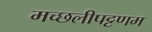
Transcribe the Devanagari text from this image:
मच्‍छलीपट्टणम